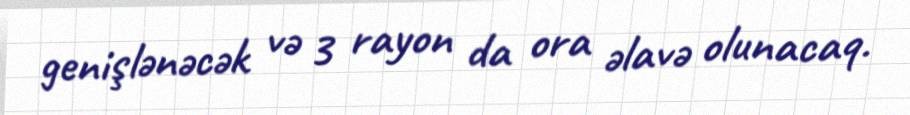
genişlənəcək və 3 rayon da ora əlavə olunacaq.